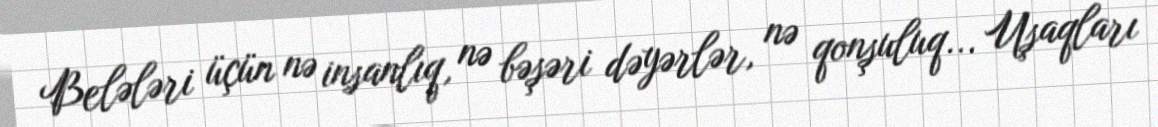
Belələri üçün nə insanlıq, nə bəşəri dəyərlər, nə qonşuluq... Uşaqları